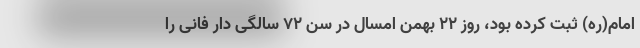
امام(ره) ثبت کرده بود، روز ۲۲ بهمن امسال در سن ۷۲ سالگی دار فانی را